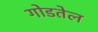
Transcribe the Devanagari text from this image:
गोडतेल